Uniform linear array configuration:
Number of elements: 64
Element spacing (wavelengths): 0.75
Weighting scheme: binomial
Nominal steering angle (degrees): -15
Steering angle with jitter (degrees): -13.27
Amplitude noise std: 0.05
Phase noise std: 0.05

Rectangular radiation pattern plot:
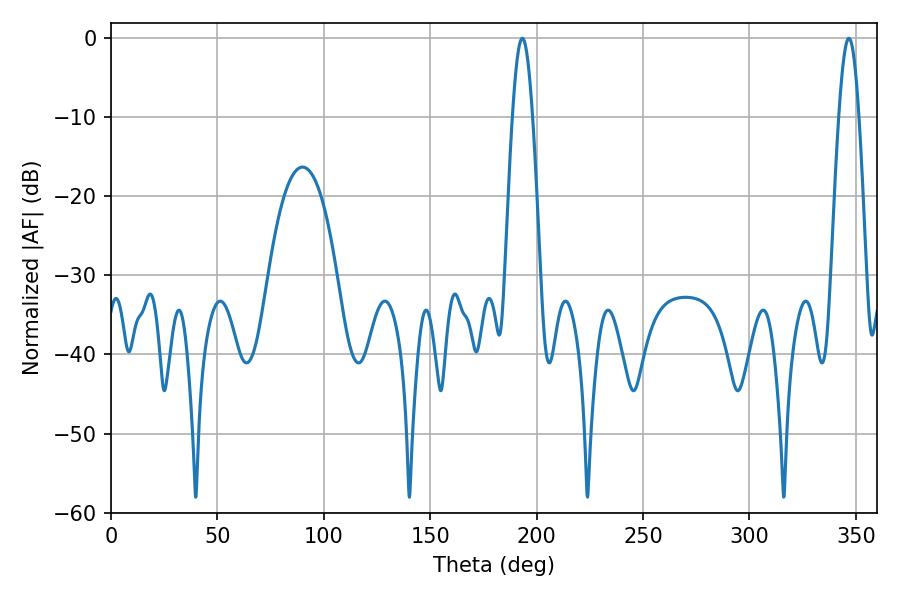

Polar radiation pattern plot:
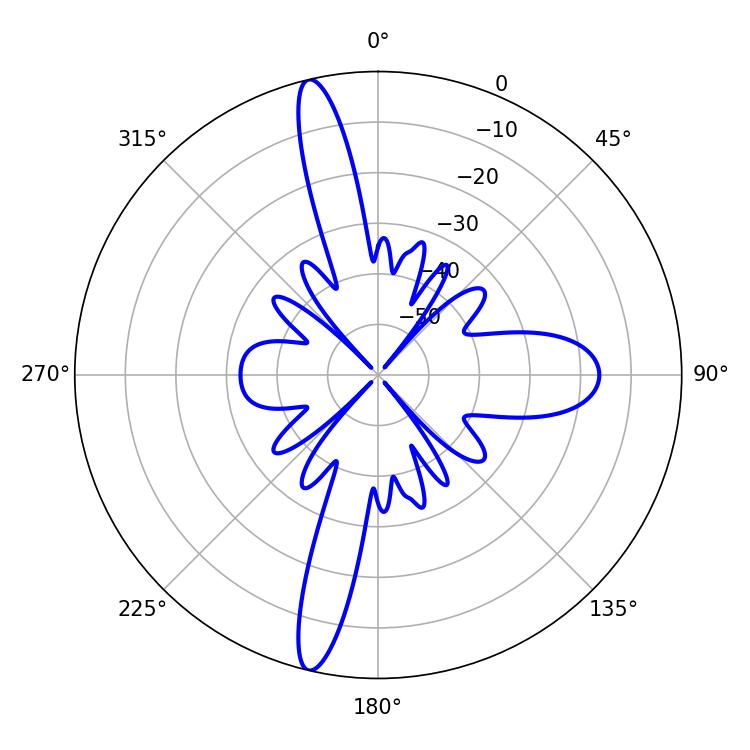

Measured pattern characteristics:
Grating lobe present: TRUE
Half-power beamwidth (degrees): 5.04
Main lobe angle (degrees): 346.68